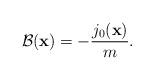
LaTeX: \begin{align*}{\cal B}({\bf x}) = -\frac{j_0({\bf x})}{m}.\end{align*}